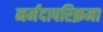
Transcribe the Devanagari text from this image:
नर्मदापरिक्रमा